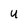
Character: u